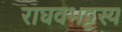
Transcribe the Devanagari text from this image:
राघवभट्टस्य